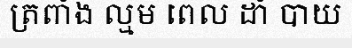
ត្រពាំង ល្មម ពេល ដាំ បាយ